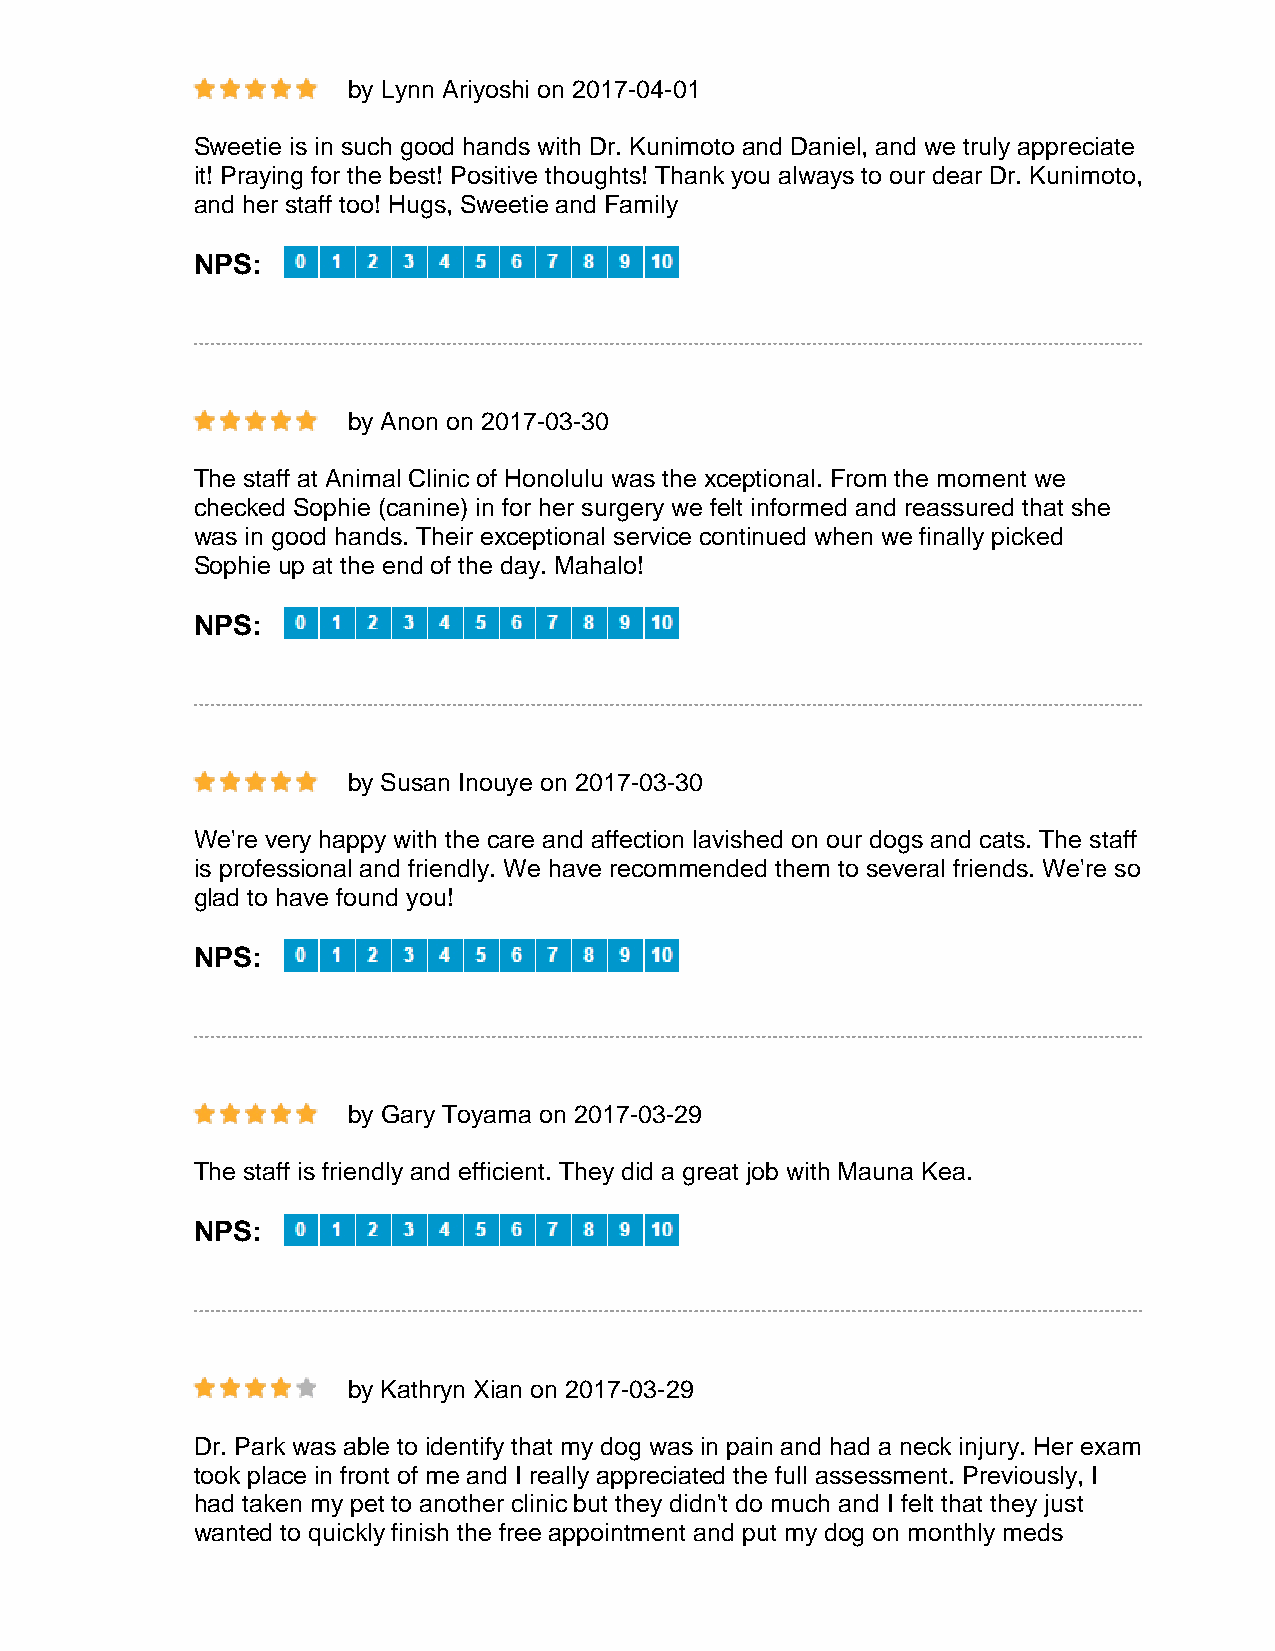
by Lynn Ariyoshi on 2017-04-01
 Sweetie is in such good hands with Dr. Kunimoto and Daniel, and we truly appreciate
 it! Praying for the best! Positive thoughts! Thank you always to our dear Dr. Kunimoto,
 and her staff too! Hugs, Sweetie and Family
 NPS:
 by Anon on 2017-03-30
 The staff at Animal Clinic of Honolulu was the xceptional. From the moment we
 checked Sophie (canine) in for her surgery we felt informed and reassured that she
 was in good hands. Their exceptional service continued when we finally picked
 Sophie up at the end of the day. Mahalo!
 NPS:
 by Susan Inouye on 2017-03-30
 We're very happy with the care and affection lavished on our dogs and cats. The staff
 is professional and friendly. We have recommended them to several friends. We're so
 glad to have found you!
 NPS:
 by Gary Toyama on 2017-03-29
 The staff is friendly and efficient. They did a great job with Mauna Kea.
 NPS:
 by Kathryn Xian on 2017-03-29
 Dr. Park was able to identify that my dog was in pain and had a neck injury. Her exam
 took place in front of me and I really appreciated the full assessment. Previously, I
 had taken my pet to another clinic but they didn't do much and I felt that they just
 wanted to quickly finish the free appointment and put my dog on monthly meds